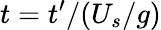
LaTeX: t=t^{\prime}/(U_{s}/g)